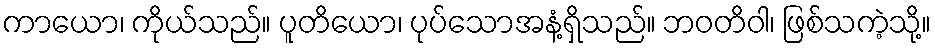
ကာယော၊ ကိုယ်သည်။ ပူတိယော၊ ပုပ်သောအနံ့ရှိသည်။ ဘဝတိဝါ၊ ဖြစ်သကဲ့သို့။